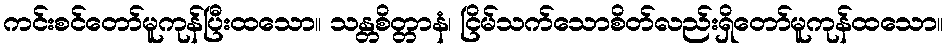
ကင်းစင်တော်မူကုန်ပြီးထသော။ သန္တစိတ္တာနံ၊ ငြိမ်သက်သောစိတ်လည်းရှိတော်မူကုန်ထသော။